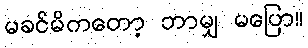
မခင်မိကတော့ ဘာမျှ မပြော။